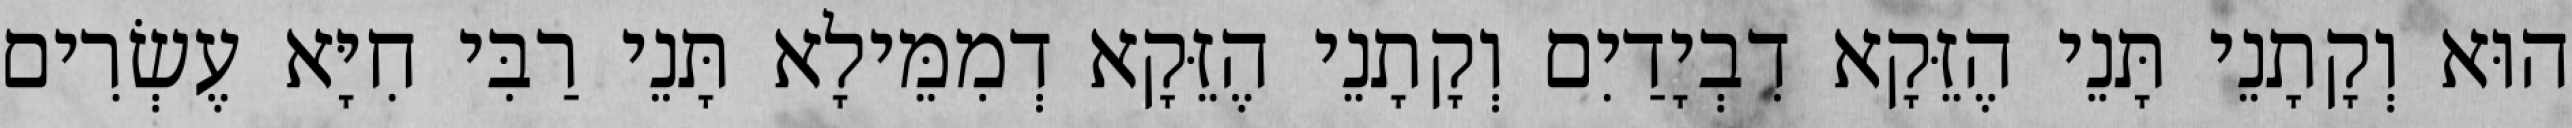
הוּא וְקָתָנֵי תָּנֵי הֶזֵּקָא דִבְיָדַיִם וְקָתָנֵי הֶזֵּקָא דְמִמֵּילָא תָּנֵי רַבִּי חִיָּא עֶשְׂרִים